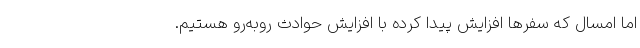
اما امسال که سفرها افزایش پیدا کرده با افزایش حوادث روبه‌رو هستیم.